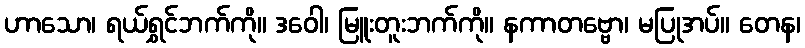
ဟာသော၊ ရယ်ရွှင်ဘက်ကို။ ဒဝေါ၊ မြူးတူးဘက်ကို။ နကာတဗ္ဗော၊ မပြုအပ်။ တေန၊